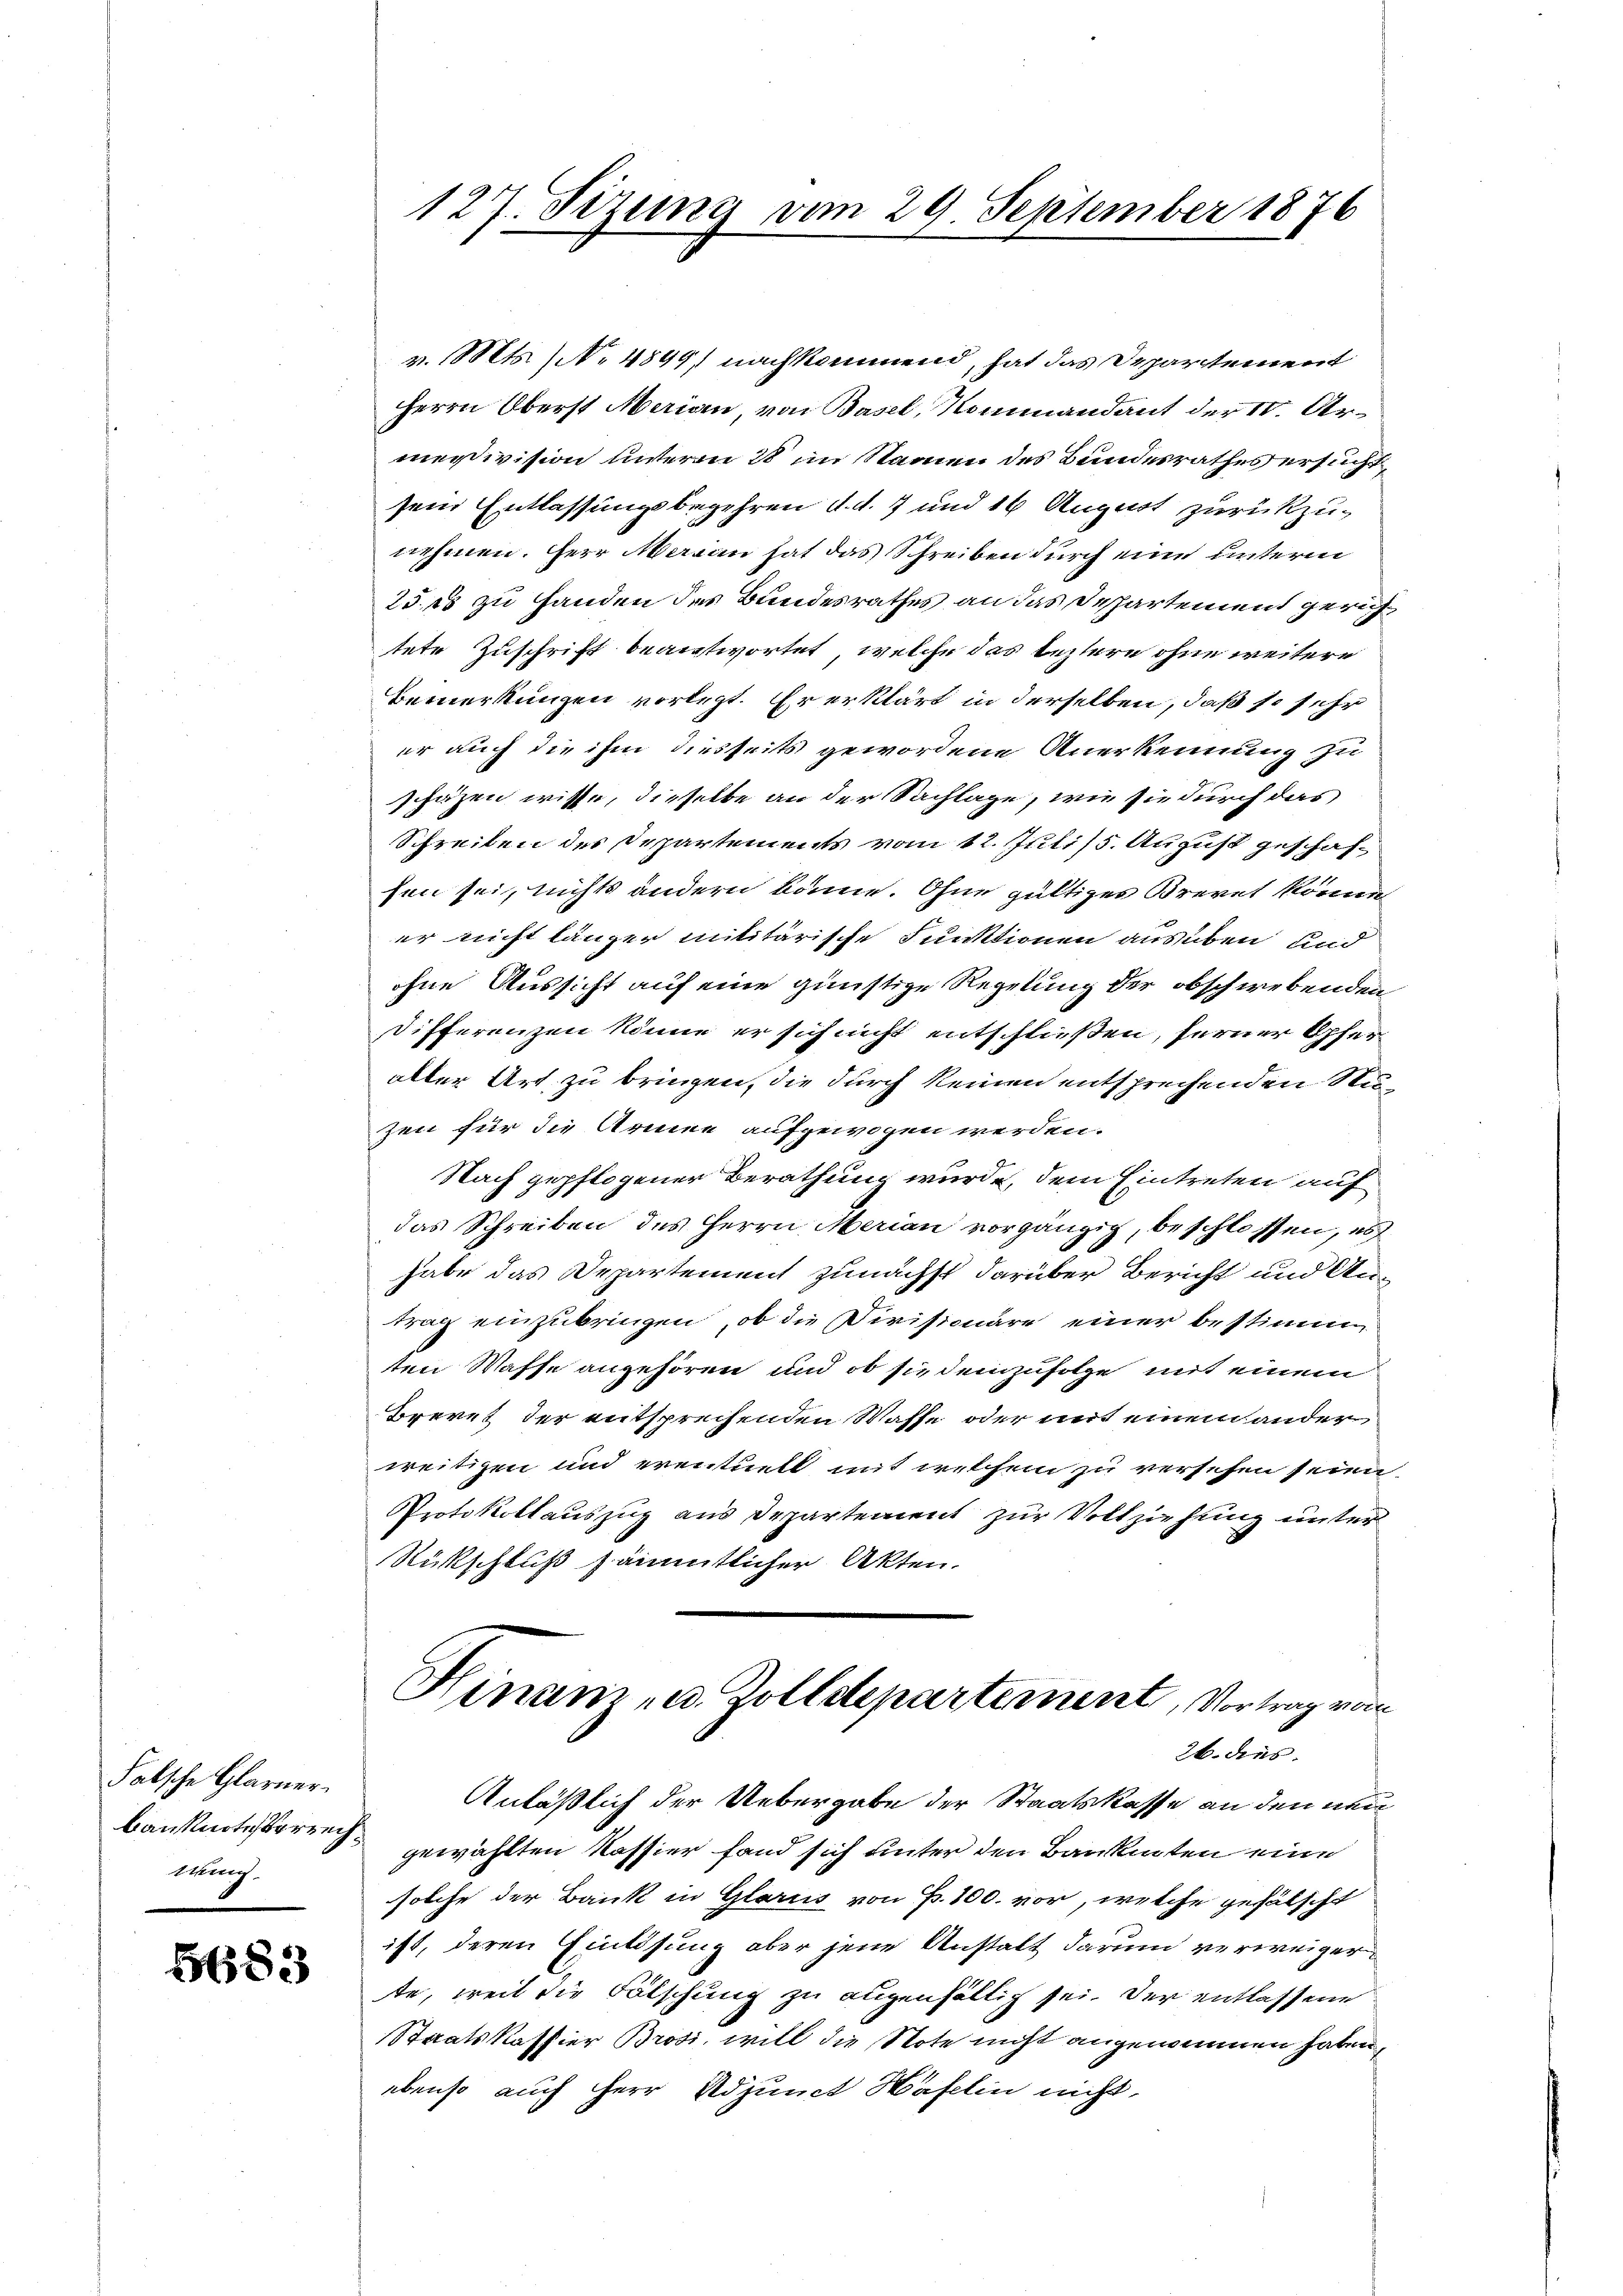
Falsche Glarner
wung

5683

127. Sizung vom 29. September 1876

v. Mts. (No 4849, nachkommend, hat das Departement
Herrn Oberst Marian, von Basel, Nommandant der 10. Armeisivision unterm 28 im Namen des Bundesrathes ersucht,
sein Entlassungsbegehren d. d. 7 und 16 August zurückzunehmen. Herr Marian hat das Schreiben durch eine unterm
25 15 zu Handen des Bundesrathes an das Despartement gerichtete Zuschrift beantwortet, welche das leztere ohne weitere
Bemerkungen vorlegt. Er erklärt in derselben, daß so sehr
er auch die ihm diesseits gewordene Anerkennung zu
schätzen wisse, dieselbe an der Sachlage, wie sie durch das
Schreiben des Departements vom 12. Juli/5. August geschafsen sei, nichts andern könne. Ohne gültiges Brevet könne,
er nicht länger militärische Funktionen ausüben und
ohne Aussicht auf eine günstige Regelung der obschwebenden
Differenzen könne er sich nicht entschließen, ferner Opferalter Art zu bringen, die durch keinen entsprechenden Nuzen für die Armee aufgewogen werden.
Nach gepflogener Berathung wurde, dem Eintreten auf
das Schreiben des Herrn Merian vorgängig, beschlossen, es
habe das Departement zunächst darüber Bericht und Antrag einzubringen, ob die Divisionäre einer bestimm
ten Wasse angehören und ob sie demzufolge mit einem
Brevet der entsprechenden Waffe oder mit einem ander
weitigen und eventuell mit welchem zu versehen seien
Protokollauszug aus Departement zur Vollziehung unter
Rückschluß sämmtlicher Akten.
Hinam u. Zolldepartement, Vortrag vom
26. dies
Anläßlich der Uebergabe der Staatskasse an den neu
Banknote voren gewählten Kassier fand sich unter den Bankenten eine
solche der Bank in Glarus von Fr. 100. vor, welche gefälscht
ist, deren Einlösung aber jene Anstalt darum verweiger
te, weil die Fälschung zu eigenfällig sei. Der entlassene
Staatskassier Brosi, will die Note nicht angenommen haben,
ebenso auch Herr Adjunct Hafelin nicht,